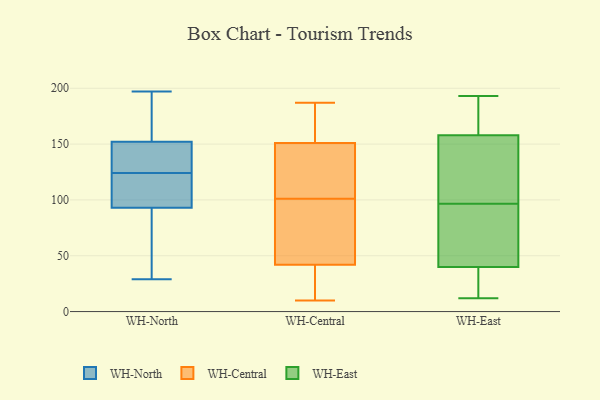
{"axis": {"x": "Gross Profit (USD K)", "y": "Value"}, "legend": ["WH-Central", "WH-East", "WH-North"], "data": [{"x": "", "y": 131, "type": "WH-North"}, {"x": "", "y": 83, "type": "WH-North"}, {"x": "", "y": 93, "type": "WH-North"}, {"x": "", "y": 114, "type": "WH-North"}, {"x": "", "y": 126, "type": "WH-North"}, {"x": "", "y": 97, "type": "WH-North"}, {"x": "", "y": 124, "type": "WH-North"}, {"x": "", "y": 105, "type": "WH-North"}, {"x": "", "y": 182, "type": "WH-North"}, {"x": "", "y": 124, "type": "WH-North"}, {"x": "", "y": 185, "type": "WH-North"}, {"x": "", "y": 159, "type": "WH-North"}, {"x": "", "y": 41, "type": "WH-North"}, {"x": "", "y": 197, "type": "WH-North"}, {"x": "", "y": 130, "type": "WH-North"}, {"x": "", "y": 93, "type": "WH-North"}, {"x": "", "y": 183, "type": "WH-North"}, {"x": "", "y": 29, "type": "WH-North"}, {"x": "", "y": 30, "type": "WH-North"}, {"x": "", "y": 137, "type": "WH-Central"}, {"x": "", "y": 57, "type": "WH-Central"}, {"x": "", "y": 187, "type": "WH-Central"}, {"x": "", "y": 76, "type": "WH-Central"}, {"x": "", "y": 25, "type": "WH-Central"}, {"x": "", "y": 179, "type": "WH-Central"}, {"x": "", "y": 10, "type": "WH-Central"}, {"x": "", "y": 85, "type": "WH-Central"}, {"x": "", "y": 112, "type": "WH-Central"}, {"x": "", "y": 23, "type": "WH-Central"}, {"x": "", "y": 26, "type": "WH-Central"}, {"x": "", "y": 90, "type": "WH-Central"}, {"x": "", "y": 142, "type": "WH-Central"}, {"x": "", "y": 185, "type": "WH-Central"}, {"x": "", "y": 142, "type": "WH-Central"}, {"x": "", "y": 42, "type": "WH-Central"}, {"x": "", "y": 151, "type": "WH-Central"}, {"x": "", "y": 168, "type": "WH-Central"}, {"x": "", "y": 101, "type": "WH-East"}, {"x": "", "y": 177, "type": "WH-East"}, {"x": "", "y": 92, "type": "WH-East"}, {"x": "", "y": 120, "type": "WH-East"}, {"x": "", "y": 14, "type": "WH-East"}, {"x": "", "y": 34, "type": "WH-East"}, {"x": "", "y": 12, "type": "WH-East"}, {"x": "", "y": 70, "type": "WH-East"}, {"x": "", "y": 39, "type": "WH-East"}, {"x": "", "y": 193, "type": "WH-East"}, {"x": "", "y": 133, "type": "WH-East"}, {"x": "", "y": 155, "type": "WH-East"}, {"x": "", "y": 182, "type": "WH-East"}, {"x": "", "y": 134, "type": "WH-East"}, {"x": "", "y": 62, "type": "WH-East"}, {"x": "", "y": 161, "type": "WH-East"}, {"x": "", "y": 14, "type": "WH-East"}, {"x": "", "y": 60, "type": "WH-East"}, {"x": "", "y": 41, "type": "WH-East"}, {"x": "", "y": 165, "type": "WH-East"}]}